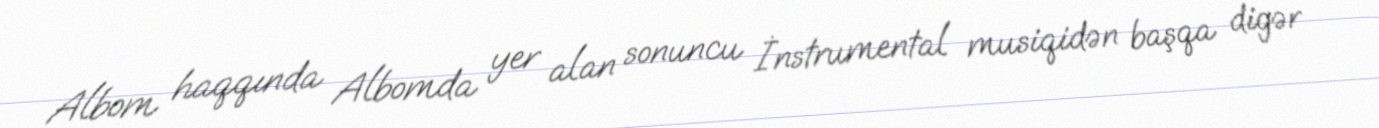
Albom haqqında Albomda yer alan sonuncu İnstrumental musiqidən başqa digər